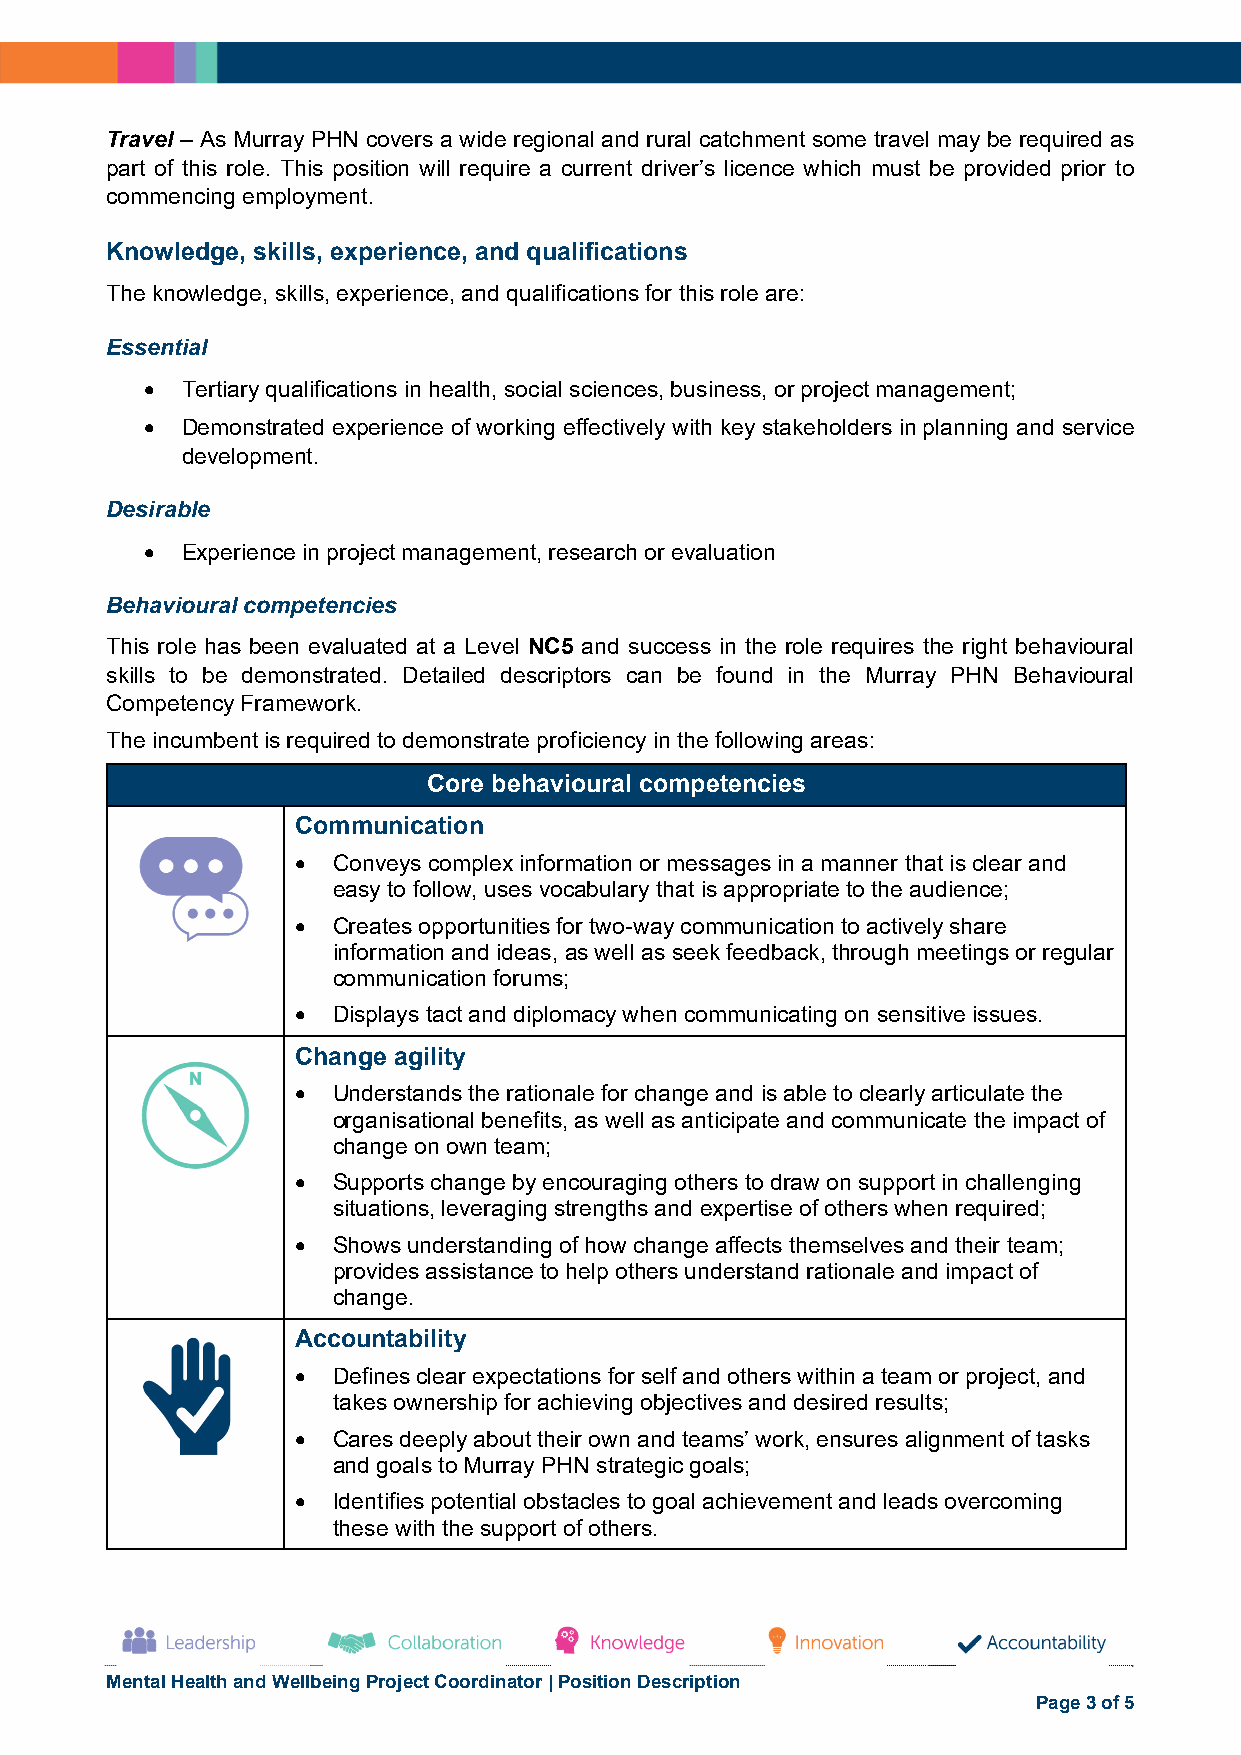
Travel – As Murray PHN covers a wide regional and rural catchment some travel may be required as
 part of this role. This position will require a current driver’s licence which must be provided prior to
 commencing employment.
 Knowledge, skills, experience, and qualifications
 The knowledge, skills, experience, and qualifications for this role are:
 Essential
  Tertiary qualifications in health, social sciences, business, or project management;
  Demonstrated experience of working effectively with key stakeholders in planning and service
 development.
 Desirable
  Experience in project management, research or evaluation
 Behavioural competencies
 This role has been evaluated at a Level NC5 and success in the role requires the right behavioural
 skills to be demonstrated. Detailed descriptors can be found in the Murray PHN Behavioural
 Competency Framework.
 The incumbent is required to demonstrate proficiency in the following areas:
 Core behavioural competencies
 Communication
  Conveys complex information or messages in a manner that is clear and
 easy to follow, uses vocabulary that is appropriate to the audience;
  Creates opportunities for two-way communication to actively share
 information and ideas, as well as seek feedback, through meetings or regular
 communication forums;
  Displays tact and diplomacy when communicating on sensitive issues.
 Change agility
  Understands the rationale for change and is able to clearly articulate the
 organisational benefits, as well as anticipate and communicate the impact of
 change on own team;
  Supports change by encouraging others to draw on support in challenging
 situations, leveraging strengths and expertise of others when required;
  Shows understanding of how change affects themselves and their team;
 provides assistance to help others understand rationale and impact of
 change.
 Accountability
  Defines clear expectations for self and others within a team or project, and
 takes ownership for achieving objectives and desired results;
  Cares deeply about their own and teams’ work, ensures alignment of tasks
 and goals to Murray PHN strategic goals;
  Identifies potential obstacles to goal achievement and leads overcoming
 these with the support of others.
 Mental Health and Wellbeing Project Coordinator | Position Description
 Page 3 of 5